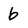
Character: b